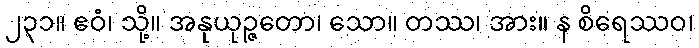
၂၃၁။ ဧဝံ၊ သို့။ အနုယုဉ္ဇတော၊ သော။ တဿ၊ အား။ န စိရေဿဝ၊